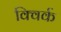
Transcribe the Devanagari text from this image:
क्विर्क